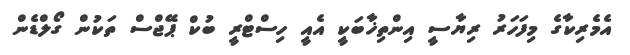
އެމެރިކާގެ މިފަހަރު ރިޔާސީ އިންތިޚާބަކީ އެއީ ހިސްޓްރީ ބުކް ޕޭޖްސް ތަކުން ގޯލްޑެން